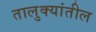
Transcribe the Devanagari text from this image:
तालुक्‍यांतील